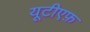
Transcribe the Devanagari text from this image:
यूटीएफ़